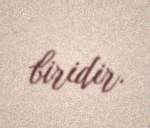
biridir.